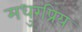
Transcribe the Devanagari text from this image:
मधुरप्रिय